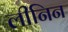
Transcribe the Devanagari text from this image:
लीनिन